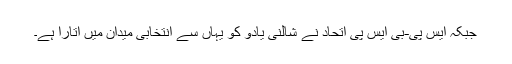
جبکہ ایس پی-بی ایس پی اتحاد نے شالنی یادو کو یہاں سے انتخابی میدان میں اتارا ہے۔